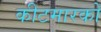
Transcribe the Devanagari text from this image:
कीटमारकों